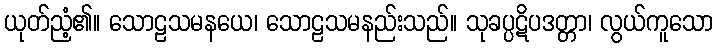
ယုတ်ညံ့၏။ သောဠသမနယေ၊ သောဠသမနည်းသည်။ သုခပ္ပဋိပဒတ္တာ၊ လွယ်ကူသော